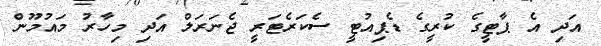
އަދި އެ ޕާޓީގެ ކުރީގެ ޑެޕިއުޓީ ސެކަރެޓަރީ ޖެނަރަލް އަދި މިހާރު މައުމޫން